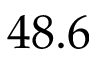
4 8 . 6